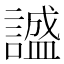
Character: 𬣅